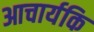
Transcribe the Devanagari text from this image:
आचार्यकि